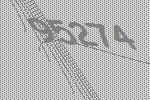
95274